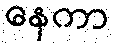
နေကာ